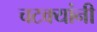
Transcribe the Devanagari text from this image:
चटक्‍यांनी